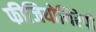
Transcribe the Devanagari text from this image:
फीजियोथिरेपी